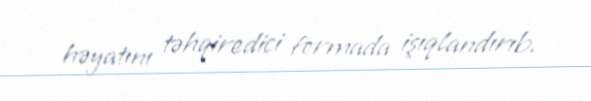
həyatını təhqiredici formada işıqlandırıb.